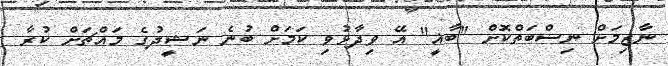
ނާޒިމަށް ނިސްބަތްކޮށް "ބާޣީ" އޭ ވިދާޅުވި ކަމަށް ބުނެ ނަޝީދުގެ މައްޗަށް ކުރާ